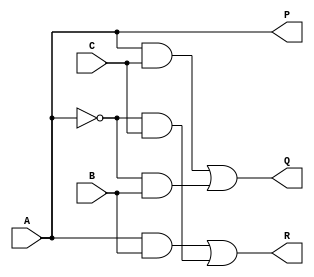
module Fredkin_gate(output P, Q, R,input A, B, C);
//assign P=A;
//assign Q=(~A)*B+A*C;
//assign R=(~A)*C+A*B;
wire Abar, o1, o2, o3, o4;
not (Abar, A);
buf (P, A);
and (o1, A, C);
and (o2, Abar, B);
or (Q, o1, o2);
and (o3, A, B);
and (o4, Abar, C);
or (R, o3, o4);
endmodule